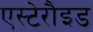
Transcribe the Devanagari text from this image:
एस्टेरौइड